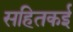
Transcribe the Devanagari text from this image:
सहितकई